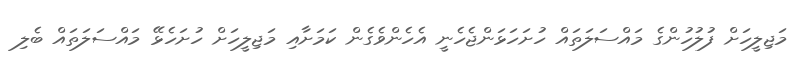
މަޖިލީހަށް ފުލުހުންގެ މައްސަލަތައް ހުށަހަޅަންޖެހެނީ އެހެންވެގެން ކަމަށާއި މަޖިލީހަށް ހުށަހެޅޭ މައްސަލަތައް ބެލި